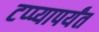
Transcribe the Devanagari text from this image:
टप्प्यापर्यंत